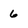
Character: 6